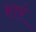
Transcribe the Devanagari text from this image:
हारं